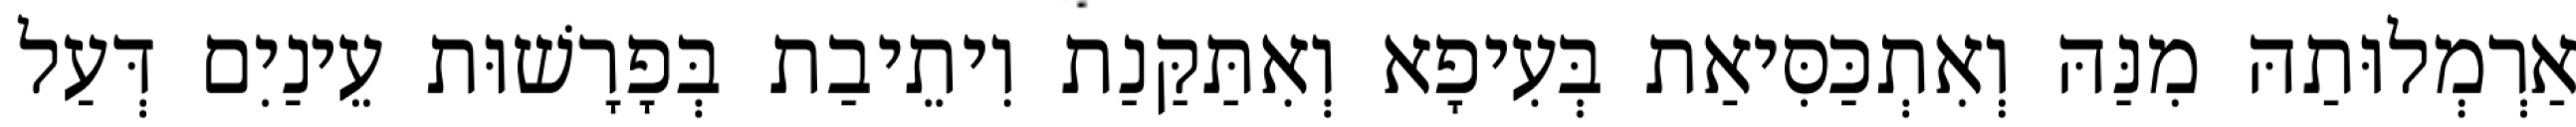
אַרְמְלוּתַהּ מִנַּהּ וְאִתְכַּסִּיאַת בְּעִיפָא וְאִתַּקַּנַת וִיתֵיבַת בְּפָרָשׁוּת עֵינַיִם דְּעַל